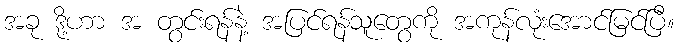
အခု ဒို့ဟာ အ တွင်းရန်နဲ့ အပြင်ရန်သူတွေကို အကုန်လုံးအောင်မြင်ပြီ။